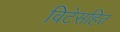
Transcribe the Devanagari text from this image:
विटेसहित